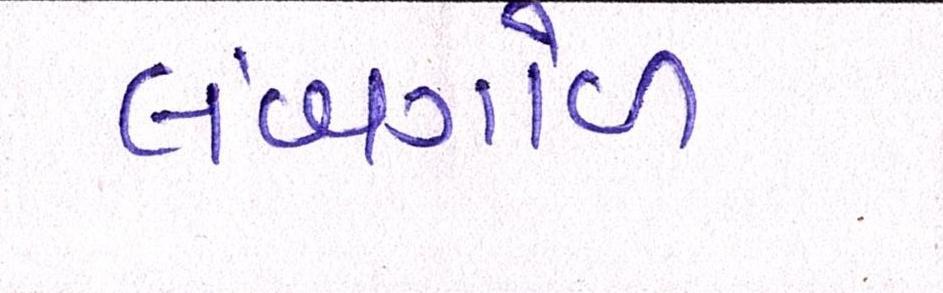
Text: લંબગોળ